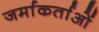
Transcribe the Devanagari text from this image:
जर्माकर्ताओं